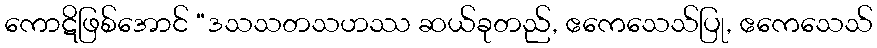
ကောဋိဖြစ်အောင် “ဒသသတသဟဿ ဆယ်ခုတည်, ဧကေသေသ်ပြု, ဧကေသေသ်